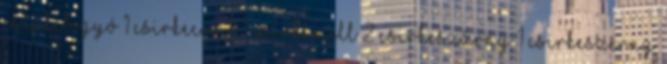
csipkebogyó 1 csirkecomb 1 csirkemell 2 csirkeszárny 1 csirkeszérny